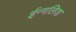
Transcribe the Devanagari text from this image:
ईन्गलिश